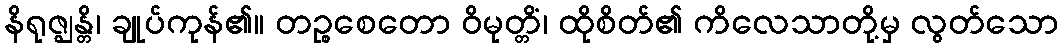
နိရုဇ္ဈန္တိ၊ ချုပ်ကုန်၏။ တဉ္စစေတော ဝိမုတ္တိံ၊ ထိုစိတ်၏ ကိလေသာတို့မှ လွတ်သော